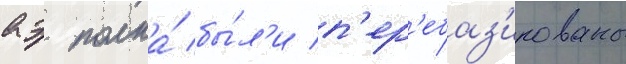
аэ полка́ бы́л'и п'ер'ебаз'ированы